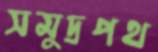
সমুদ্রপথ